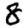
Digit: 8